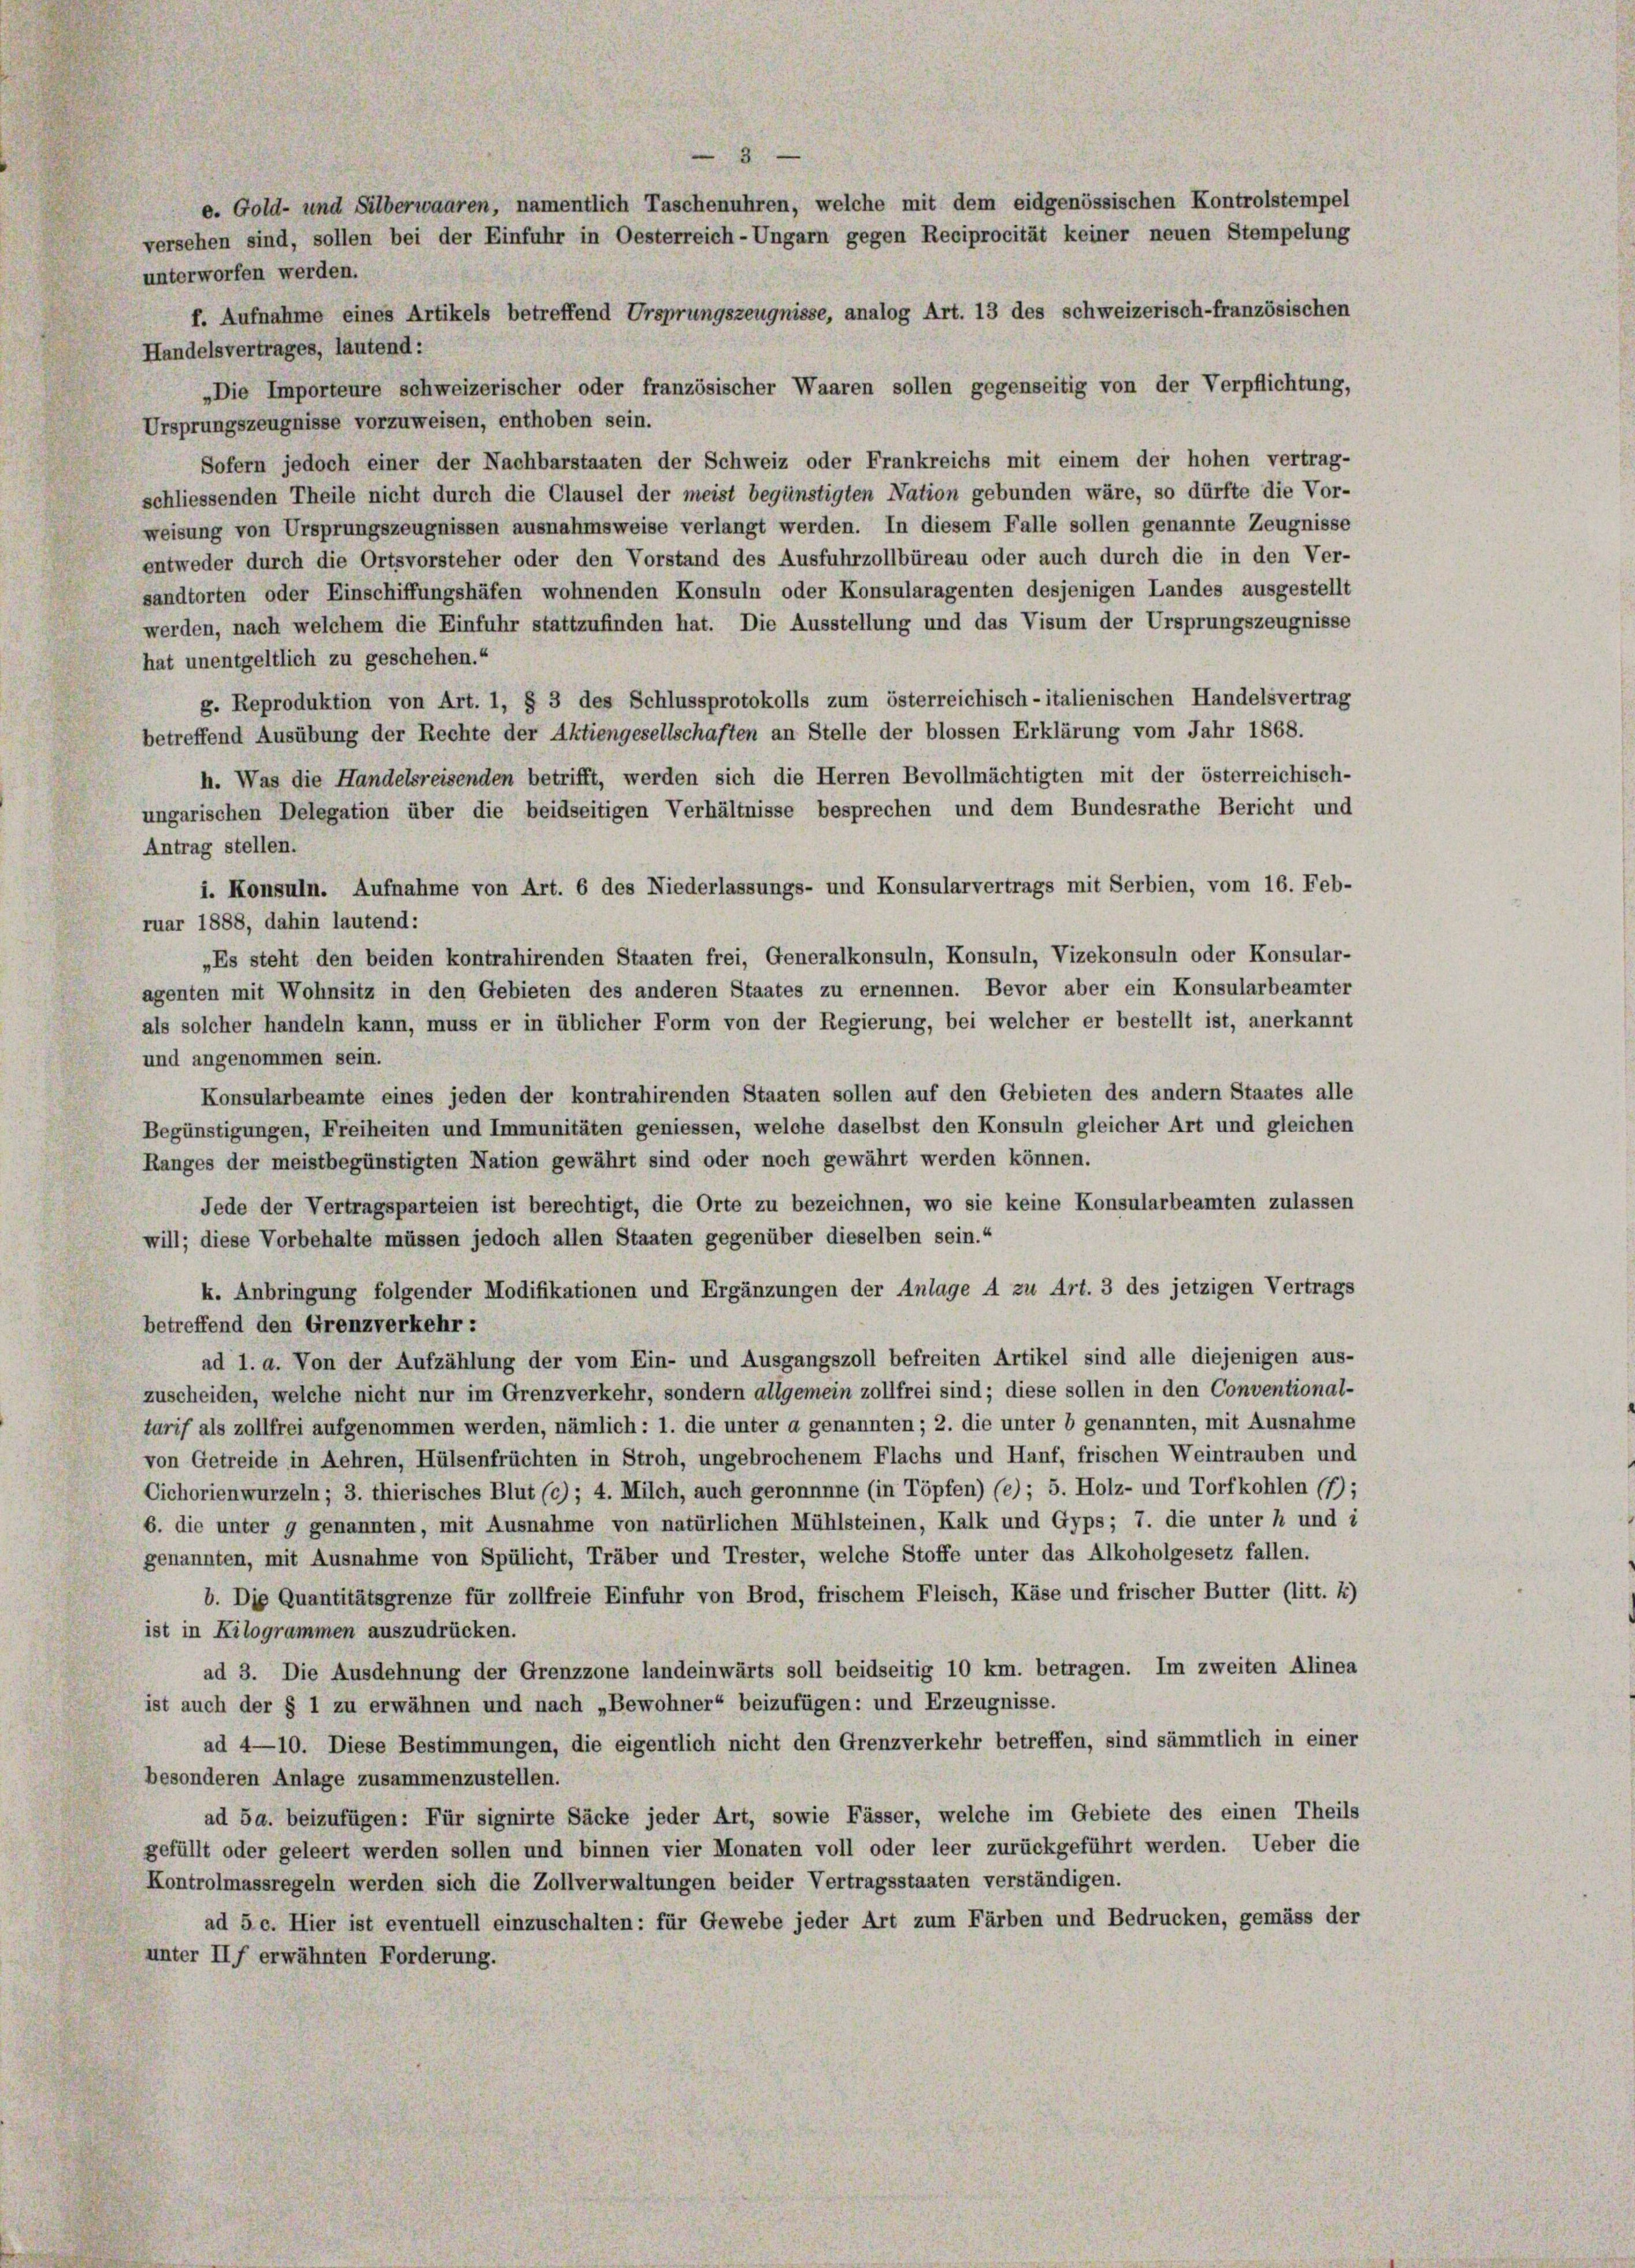
unterworfen werden.
f. Aufnahme eines Artikels betreffend Ursprungszeugnisse, analog Art. 13 des schweizerisch-französischen
Handelsvertrages, lautend:
„Die Importeure schweizerischer oder französischer Waaren sollen gegenseitig von der Verpflichtung,
Ursprungszeugnisse vorzuweisen, enthoben sein.
Sofern jedoch einer der Nachbarstaaten der Schweiz oder Frankreichs mit einem der hohen vertrag-
schliessenden Theile nicht durch die Clausel der meist begünstigten Nation gebunden wäre, so dürfte die Vor-
weisung von Ursprungszeugnissen ausnahmsweise verlangt werden. In diesem Falle sollen genannte Zeugnisse
entweder durch die Ortsvorsteher oder den Vorstand des Ausfuhrzollbüreau oder auch durch die in den Ver-
sandtorten oder Einschiffungshäfen wohnenden Konsuln oder Konsularagenten desjenigen Landes ausgestellt
werden, nach welchem die Einfuhr stattzufinden hat. Die Ausstellung und das Visum der Ursprungszeugnisse
hat unentgeltlich zu geschehen.“
g. Reproduktion von Art. 1, § 3 des Schlussprotokolls zum österreichisch-italienischen Handelsvertrag
betreffend Ausübung der Rechte der Aktiengesellschaften an Stelle der blossen Erklärung vom Jahr 1868.
h. Was die Handelsreisenden betrifft, werden sich die Herren Bevollmächtigten mit der österreichisch-
ungarischen Delegation über die beidseitigen Verhältnisse besprechen und dem Bundesrathe Bericht und
Antrag stellen.
i. Konsuln. Aufnahme von Art. 6 des Niederlassungs- und Konsularvertrags mit Serbien, vom 16. Feb-
ruar 1888, dahin lautend:
„Es steht den beiden kontrahirenden Staaten frei, Generalkonsuln, Konsuln, Vizekonsuln oder Konsular-
agenten mit Wohnsitz in den Gebieten des anderen Staates zu ernennen. Bevor aber ein Konsularbeamter
als solcher handeln kann, muss er in üblicher Form von der Regierung, bei welcher er bestellt ist, anerkannt
und angenommen sein.
Konsularbeamte eines jeden der kontrahirenden Staaten sollen auf den Gebieten des andern Staates alle
Begünstigungen, Freiheiten und Immunitäten geniessen, welche daselbst den Konsuln gleicher Art und gleichen
Ranges der meistbegünstigten Nation gewährt sind oder noch gewährt werden können.
Jede der Vertragsparteien ist berechtigt, die Orte zu bezeichnen, wo sie keine Konsularbeamten zulassen
will; diese Vorbehalte müssen jedoch allen Staaten gegenüber dieselben sein.“
k. Anbringung folgender Modifikationen und Ergänzungen der Anlage 4 zu Art. 3 des jetzigen Vertrags
betreffend den Grenzverkehr:
ad 1. a. Von der Aufzählung der vom Ein- und Ausgangszoll befreiten Artikel sind alle diejenigen aus-
zuscheiden, welche nicht nur im Grenzverkehr, sondern allgemein zollfrei sind; diese sollen in den Conventional-
tarif als zollfrei aufgenommen werden, nämlich: 1. die unter a genannten; 2. die unter b genannten, mit Ausnahme
von Getreide in Aehren, Hülsenfrüchten in Stroh, ungebrochenem Flachs und Hanf, frischen Weintrauben und
Cichorienwurzeln; 3. thierisches Blut (c) ; 4. Milch, auch geronnnne (in Töpfen) (e); 5. Holz- und Torfkohlen (7);
6. die unter g genannten, mit Ausnahme von natürlichen Mühlsteinen, Kalk und Gyps; 7. die unter h und i
genannten, mit Ausnahme von Spülicht, Träber und Trester, welche Stoffe unter das Alkoholgesetz fallen.
b. Die Quantitätsgrenze für zollfreie Einfuhr von Brod, frischem Fleisch, Käse und frischer Butter (litt. *)
ist in Kilogrammen auszudrücken.
ad 3. Die Ausdehnung der Grenzzone landeinwärts soll beidseitig 10 km. betragen. Im zweiten Alinea
ist auch der § 1 zu erwähnen und nach „Bewohner“ beizufügen: und Erzeugnisse.
ad 4—10. Diese Bestimmungen, die eigentlich nicht den Grenzverkehr betreffen, sind sämmtlich in einer
besonderen Anlage zusammenzustellen.
ad 5a. beizufügen: Für signirte Säcke jeder Art, sowie Fässer, welche im Gebiete des einen Theils
gefüllt oder geleert werden sollen und binnen vier Monaten voll oder leer zurückgeführt werden. Ueber die
Kontrolmassregeln werden sich die Zollverwaltungen beider Vertragsstaaten verständigen.
ad 5 c. Hier ist eventuell einzuschalten: für Gewebe jeder Art zum Färben und Bedrucken, gemäss der
unter IIf erwähnten Forderung.

3
e. Gold- und Silberwaaren, namentlich Taschenuhren, welche mit dem eidgenössischen Kontrolstempel
versehen sind, sollen bei der Einfuhr in Oesterreich-Ungarn gegen Reciprocität keiner neuen Stempelung